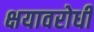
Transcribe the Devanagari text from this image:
क्षयावरोधी